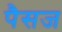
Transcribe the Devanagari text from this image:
पैसज